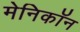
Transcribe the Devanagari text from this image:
मेनिकॉन